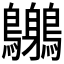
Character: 𪈨